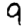
Digit: 9